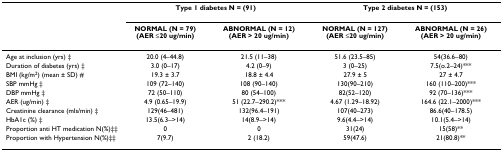
<table><thead><tr><td></td><td colspan="2"><b>Type 1 diabetes N = (91)</b></td><td colspan="2"><b>Type 2 diabetes N = (153)</b></td></tr><tr><td></td><td><b>NORMAL (N = 79) (AER ≤20 ug/min)</b></td><td><b>ABNORMAL (N = 12) (AER &gt; 20 ug/min)</b></td><td><b>NORMAL (N = 127) (AER ≤20 ug/min)</b></td><td><b>ABNORMAL (N = 26) (AER &gt; 20 ug/min)</b></td></tr></thead><tbody><tr><td>Age at inclusion (yrs) ‡</td><td>20.0 (4–44.8)</td><td>21.5 (11–38)</td><td>51.6 (23.5–85)</td><td>54(36.6–80)</td></tr><tr><td>Duration of diabetes (yrs) ‡</td><td>3.0 (0–17)</td><td>4.2 (0–9)</td><td>3 (0–25)</td><td>7.5(o.2–24)***</td></tr><tr><td>BMI (kg/m<sup>2</sup>) (mean ± SD) #</td><td>19.3 ± 3.7</td><td>18.8 ± 4.4</td><td>27.9 ± 5</td><td>27 ± 4.7</td></tr><tr><td>SBP mmHg ‡</td><td>109 (72–140)</td><td>108 (90–140)</td><td>130(90–210)</td><td>160 (110–200)***</td></tr><tr><td>DBP mmHg ‡</td><td>72 (50–110)</td><td>80 (54–100)</td><td>82(52–120)</td><td>92 (70–136)***</td></tr><tr><td>AER (ug/min) ‡</td><td>4.9 (0.65–19.9)</td><td>51 (22.7–290.2)***</td><td>4.67 (1.29–18.92)</td><td>164.6 (22.1–2000)***</td></tr><tr><td>Creatinine clearance (mls/min) ‡</td><td>129(46–481)</td><td>132(96.4–191)</td><td>107(40–273)</td><td>86.6(40–178.5)</td></tr><tr><td>HbA1c (%) ‡</td><td>13.5(6.3–&gt;14)</td><td>14(8.9–&gt;14)</td><td>9.6(4.4–&gt;14)</td><td>10.1(5.4–&gt;14)</td></tr><tr><td>Proportion anti HT medication N(%)‡‡</td><td>0</td><td>0</td><td>31(24)</td><td>15(58)**</td></tr><tr><td>Proportion with Hypertension N(%)‡‡</td><td>7(9.7)</td><td>2 (18.2)</td><td>59(47.6)</td><td>21(80.8)**</td></tr></tbody></table>